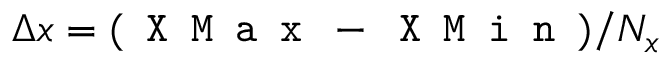
\Delta x = ( \texttt { X M a x } - \texttt { X M i n } ) / N _ { x }